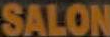
SALON